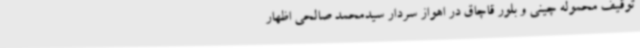
توقیف محموله چینی و بلور قاچاق در اهواز سردار سیدمحمد صالحی اظهار